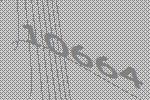
10664